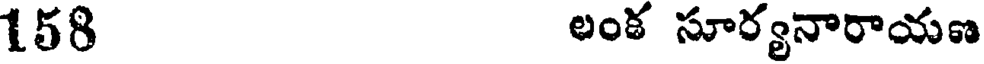
158 లంక సూర్యనారాయణ